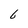
Character: b